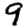
Digit: 9